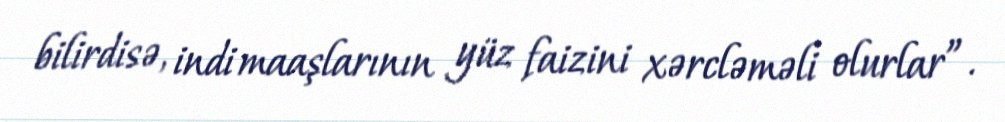
bilirdisə, indi maaşlarının yüz faizini xərcləməli olurlar”.